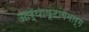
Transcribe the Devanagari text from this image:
आर्याष्टांगमार्ग